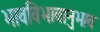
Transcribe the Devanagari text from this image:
भावविभावानुभाव